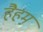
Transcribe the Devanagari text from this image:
हैहम